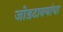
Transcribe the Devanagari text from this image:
जोडटाक्यांचा